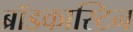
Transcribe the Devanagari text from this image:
ब्रॉडकास्टिन